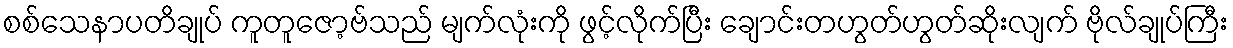
စစ်သေနာပတိချုပ် ကူတူဇော့ဗ်သည် မျက်လုံးကို ဖွင့်လိုက်ပြီး ချောင်းတဟွတ်ဟွတ်ဆိုးလျက် ဗိုလ်ချုပ်ကြီး